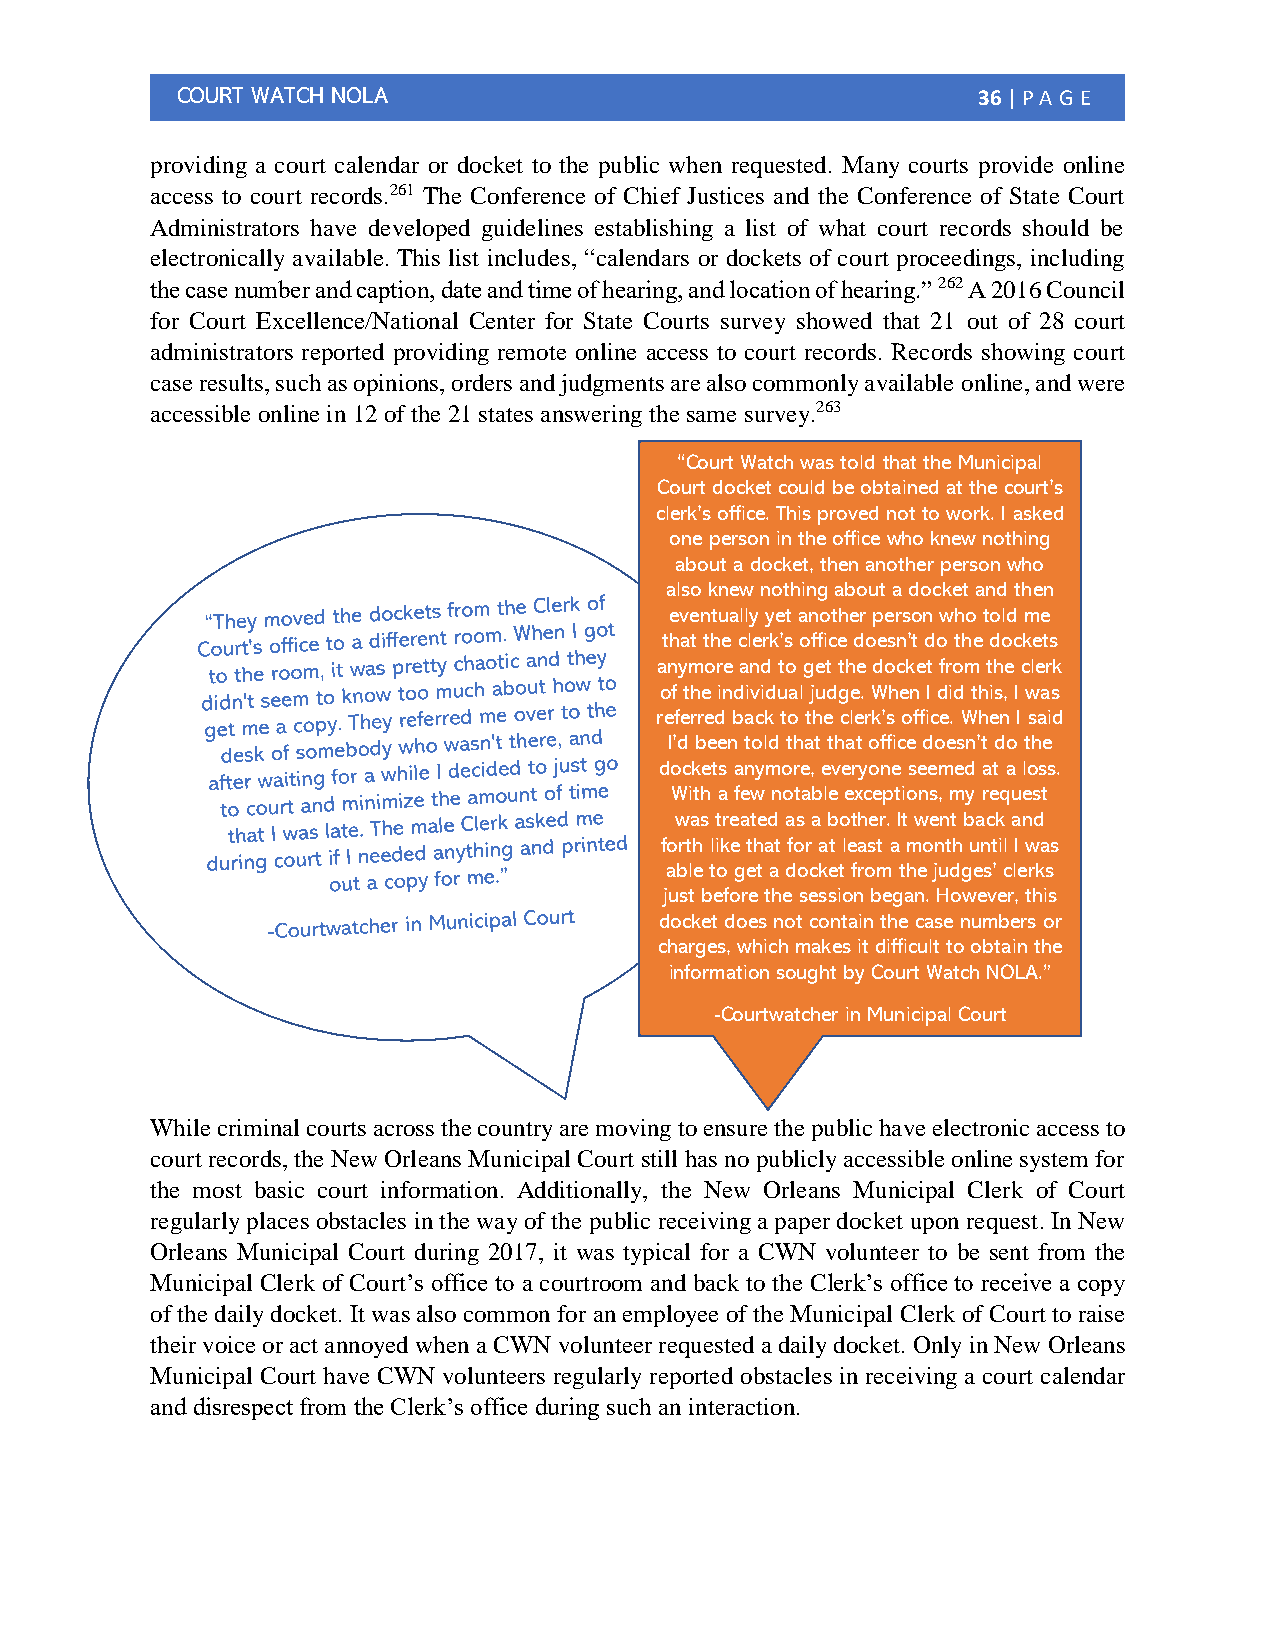
COURT WATCH NOLA                                     36 | PA G E
 providing a court calendar or docket to the public when requested. Many courts provide online
 access to court records.261 The Conference of Chief Justices and the Conference of State Court
 Administrators have developed guidelines establishing a list of what court records should be
 electronically available. This list includes, “calendars or dockets of court proceedings, including
 the case number and caption, date and time of hearing, and location of hearing.” 262 A 2016 Council
 for Court Excellence/National Center for State Courts survey showed that 21 out of 28 court
 administrators reported providing remote online access to court records. Records showing court
 case results, such as opinions, orders and judgments are also commonly available online, and were
 accessible online in 12 of the 21 states answering the same survey.263
 “Court Watch was told that the Municipal
 Court docket could be obtained at the court’s
 clerk’s office. This proved not to work. I asked
 one person in the office who knew nothing
 about a docket, then another person who
 also knew nothing about a docket and then
 eventually yet another person who told me
 that the clerk’s office doesn’t do the dockets
 anymore and to get the docket from the clerk
 of the individual judge. When I did this, I was
 referred back to the clerk’s office. When I said
 I’d been told that that office doesn’t do the
 dockets anymore, everyone seemed at a loss.
 With a few notable exceptions, my request
 was treated as a bother. It went back and
 forth like that for at least a month until I was
 able to get a docket from the judges’ clerks
 just before the session began. However, this
 docket does not contain the case numbers or
 charges, which makes it difficult to obtain the
 information sought by Court Watch NOLA.”
 -Courtwatcher in Municipal Court
 While criminal courts across the country are moving to ensure the public have electronic access to
 court records, the New Orleans Municipal Court still has no publicly accessible online system for
 the most basic court information. Additionally, the New Orleans Municipal Clerk of Court
 regularly places obstacles in the way of the public receiving a paper docket upon request. In New
 Orleans Municipal Court during 2017, it was typical for a CWN volunteer to be sent from the
 Municipal Clerk of Court’s office to a courtroom and back to the Clerk’s office to receive a copy
 of the daily docket. It was also common for an employee of the Municipal Clerk of Court to raise
 their voice or act annoyed when a CWN volunteer requested a daily docket. Only in New Orleans
 Municipal Court have CWN volunteers regularly reported obstacles in receiving a court calendar
 and disrespect from the Clerk’s office during such an interaction.